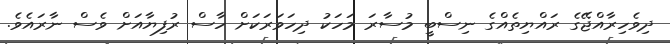
ދިވެހިރާއްޖޭގެ ރައްޔިތެއްގެ ނިސްބީ މުސާރަ މަހަކު ދިހަވަރަކަށް ހާސް ރުފިޔާއަށް ވެސް ނާރައެވެ.